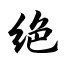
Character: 绝